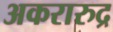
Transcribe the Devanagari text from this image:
अकरारुद्र